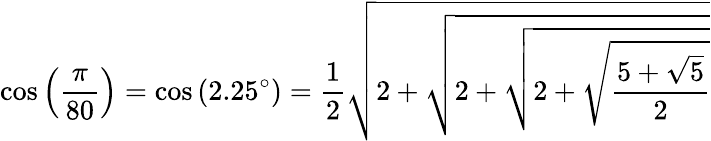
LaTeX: \cos\left({\frac{\pi}{80}}\right)=\cos\left(2.25^{\circ}\right)={\frac{1}{2}}{\sqrt{2+{\sqrt{2+{\sqrt{2+{\sqrt{\frac{5+{\sqrt{5}}}{2}}}}}}}}}